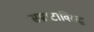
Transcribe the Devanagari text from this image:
सम्राटाविरुद्ध